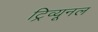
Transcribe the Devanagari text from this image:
ट्रिव्यूनल